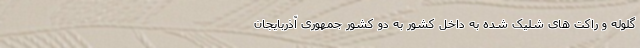
گلوله و راکت های شلیک شده به داخل کشور به دو کشور جمهوری آذربایجان